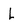
Character: L